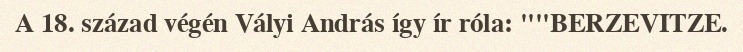
A 18. század végén Vályi András így ír róla: ""BERZEVITZE.